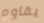
يقاوم